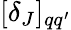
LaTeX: [\delta_{J}]_{qq^{\prime}}